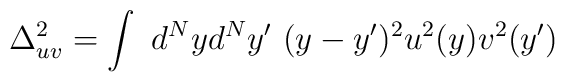
\Delta_{uv}^2 = \int~d^N y d^N y'~(y-y')^2 u^2(y) v^2 (y')